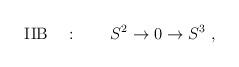
LaTeX: \begin{align*}\mbox{IIB}\quad :\qquad S^2\to 0\to S^3~,\end{align*}